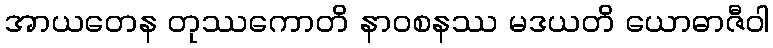
အာယတေန တုဿကောတိ နာဝစနဿ မဒယတိ ယောဓာဇီဝါ